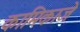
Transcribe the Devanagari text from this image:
कामिकाजे